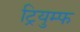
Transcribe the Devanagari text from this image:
ट्रियुम्फ